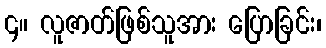
၄။ လူဇာတ်ဖြစ်သူအား ပြောခြင်း၊